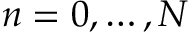
n = 0 , \ldots , N